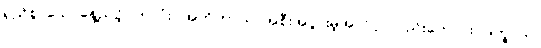
ရှည်စွာသောနေ့ညဉ့်ပတ်လုံး။ အဟိတာယ၊ အစီးအပွားမဲ့အလိုငှာလည်းကောင်း။ ဒုက္ခာယ၊